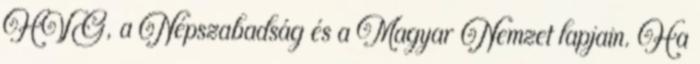
HVG, a Népszabadság és a Magyar Nemzet lapjain. Ha